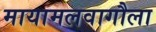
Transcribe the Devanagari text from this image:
मायामलवागौला